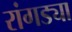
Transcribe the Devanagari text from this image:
रांगड्या